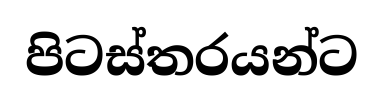
පිටස්තරයන්ට